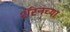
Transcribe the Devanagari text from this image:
शॅरनच्या